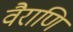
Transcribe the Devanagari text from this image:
वैराणि